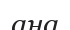
ана